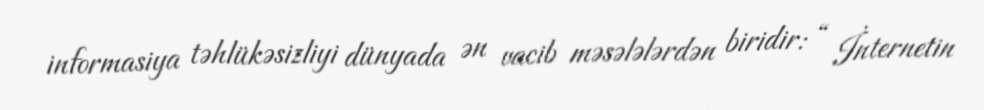
informasiya təhlükəsizliyi dünyada ən vacib məsələlərdən biridir: “ İnternetin